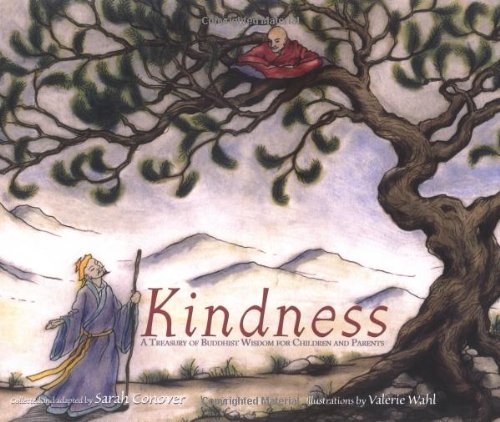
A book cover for Kindness: A Treasury of Buddhist Wisdom for Children and Parents (Little Light of Mine Series); Sarah Conover; Children's Books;